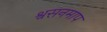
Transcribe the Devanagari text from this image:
श्वसनमाप